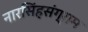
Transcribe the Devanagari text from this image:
नारसिंहसंग्राम